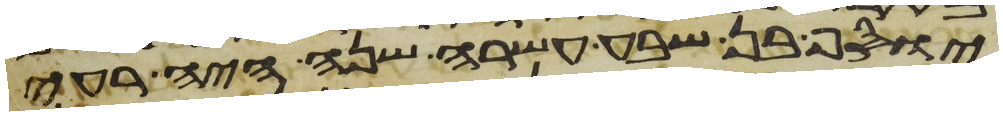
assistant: יוסף בן שבע עשרה שנה היה רעה